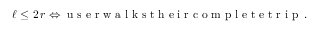
\ell \le 2 \, r \Leftrightarrow \textnormal { u s e r w a l k s t h e i r c o m p l e t e t r i p } \, .